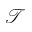
\mathscr { T }